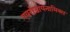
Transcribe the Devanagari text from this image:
एयरोडायनामिक्स